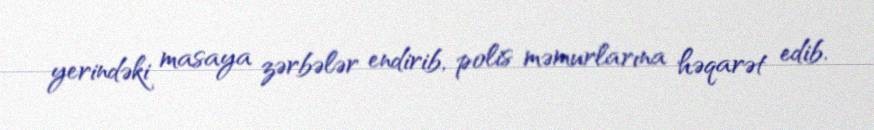
yerindəki masaya zərbələr endirib, polis məmurlarına həqarət edib.